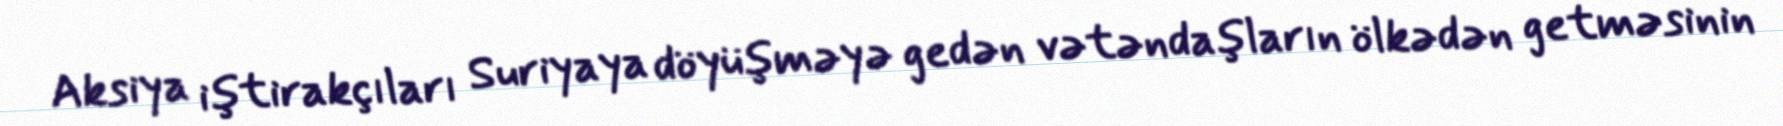
Aksiya iştirakçıları Suriyaya döyüşməyə gedən vətəndaşların ölkədən getməsinin